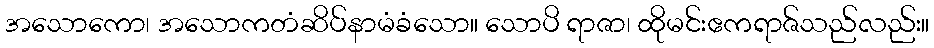
အသောကော၊ အသောကတံဆိပ်နာမံခံသော။ သောပိ ရာဇာ၊ ထိုမင်းဧကရာဇ်သည်လည်း။